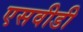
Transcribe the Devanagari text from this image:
एसवीडी